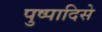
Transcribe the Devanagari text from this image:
पुष्पादिसे